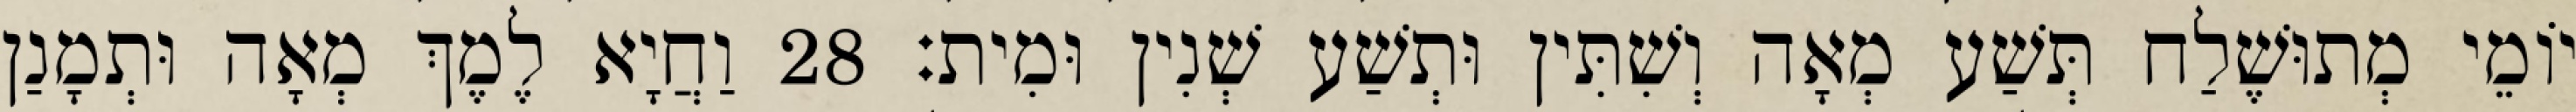
יוֹמֵי מְתוּשֶׁלַח תְּשַׁע מְאָה וְשִׁתִּין וּתְשַׁע שְׁנִין וּמִית׃ 28 וַחֲיָא לֶמֶךְ מְאָה וּתְמָנַן